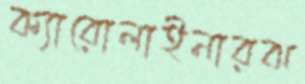
ক্যারোলাইনারঝ